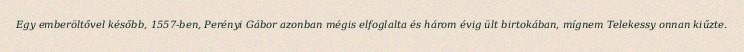
Egy emberöltővel később, 1557-ben, Perényi Gábor azonban mégis elfoglalta és három évig ült birtokában, mígnem Telekessy onnan kiűzte.